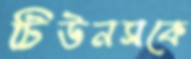
টিউনসকে